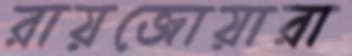
রায়জোয়ারা